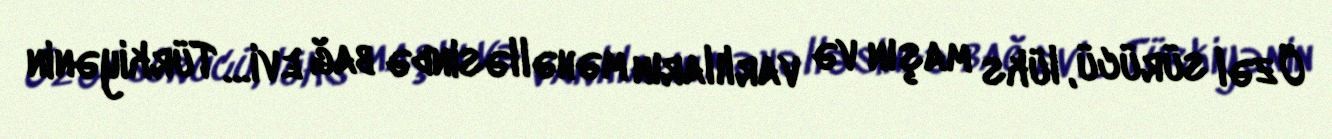
Özəl sürücü, lüks maşın və varlıların məhəlləsində bağ evi… Türkiyənin